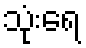
သုံးရေ